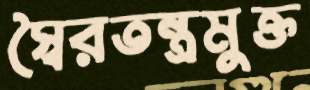
স্বৈরতন্ত্রমুক্ত